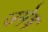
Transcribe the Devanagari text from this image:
उमेष